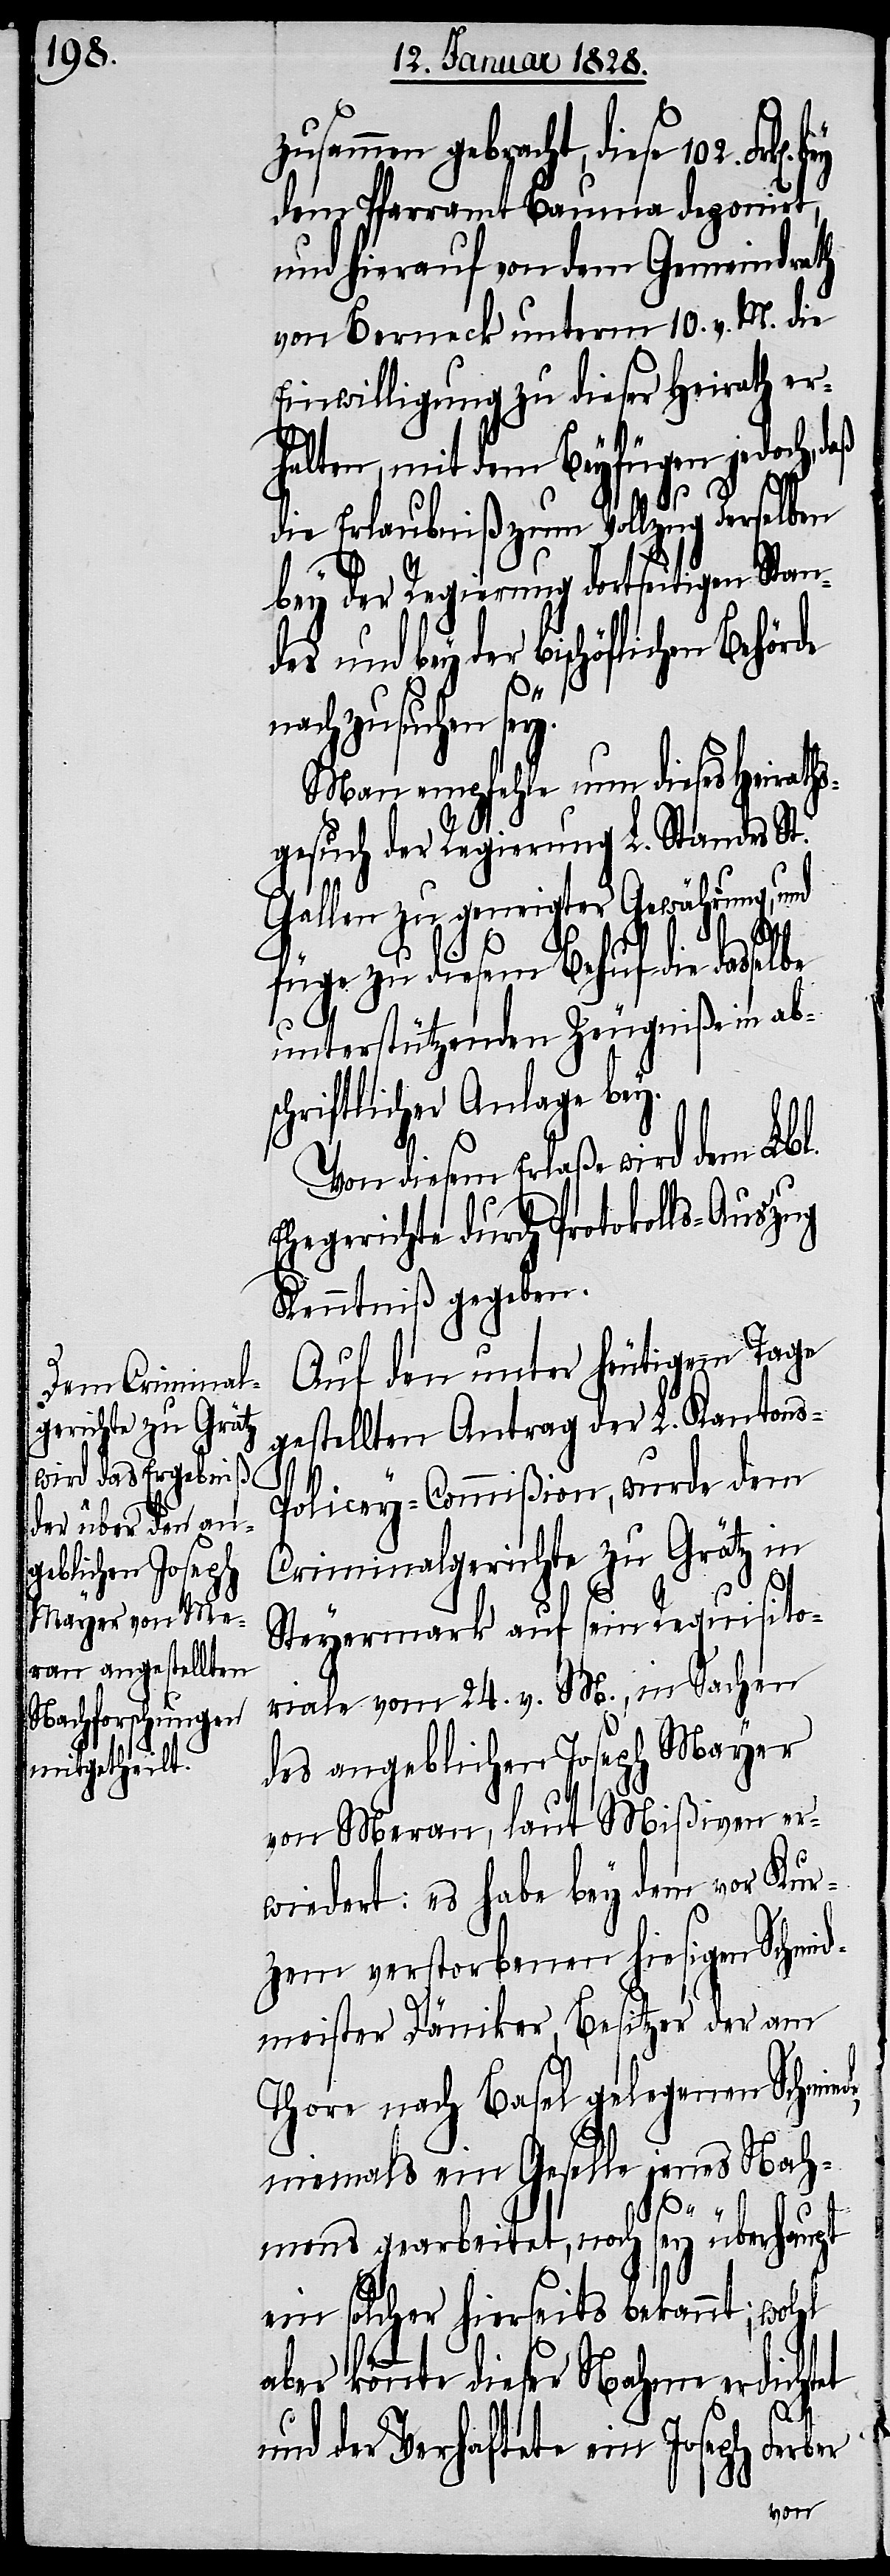
102.

zusammen gebracht, diese
dem Pfarramt Bauma deponirt,
und hierauf von dem Gemeindrath
von Berneck unterm 10. v. M. die
Einwilligung zu dieser Heirath er¬
halten, mit dem Beyfügen jedoch, d¬
die Erlaubniß zum Vollzug derselben
bey der Regierung dortseitigen Stan¬
des und bey der bischöflichen Behörde
ungs¬
nachzusuchen sey.
Man empfehle um dieses Heirath¬
gesuch der Regierung L. Standes St.
Gallen zu geneigter Gewährung, u¬
ph
füge zu diesem Behuf die dasselbe
unterstützenden Zeugniße in ab¬
schriftlicher Anlage bey.
Von diesem Erlaße wird dem Lbl.
Ehegerichte durch Protokolls-Auszug
Kenntniß gegeben.
Auf den unter heutigem Tage
gestellten Antrag der L. Kantons-P¬
olicey-Commißion, wurde dem
Criminalgerichte zu Grätz in
Steyermark auf sein Requisito¬
riale vom 24. v. M., in Sachen
des angeblichen Joseph Mayer
von Meran, laut Mißiven er¬
wiedert: es habe bey dem vor Kur¬
zen verstorbenen hiesigen Schmid¬
meister Däniker, Besitzer der am
Thore nach Basel gelegenen Schmied¬
niemals ein Geselle jenes Nah¬
mens gearbeitet, noch sey überhaupt
ein solcher hierseits bekannt; wohl
könnte dieser Nahme erdichtet
und der Verhaftete ein Jose¬
Ferber